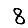
Digit: 8